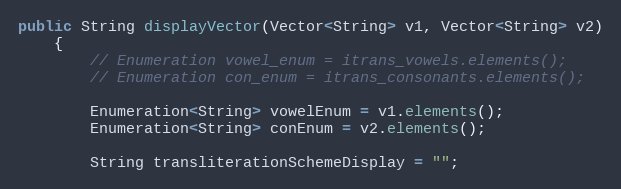
Language: Java
public String displayVector(Vector<String> v1, Vector<String> v2)
    {
        // Enumeration vowel_enum = itrans_vowels.elements();
        // Enumeration con_enum = itrans_consonants.elements();

        Enumeration<String> vowelEnum = v1.elements();
        Enumeration<String> conEnum = v2.elements();

        String transliterationSchemeDisplay = "";